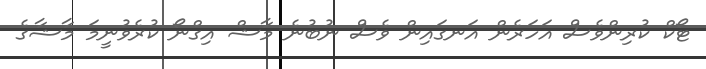
ޓޯކް ކުރިންވެސް އަހަރެން އަނގައިން ވެސް ނުބުނެ މާޝް އިގްނޯ ކުރެވުނީމަ މާޝާގެ